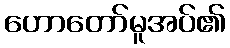
ဟောတော်မူအပ်၏